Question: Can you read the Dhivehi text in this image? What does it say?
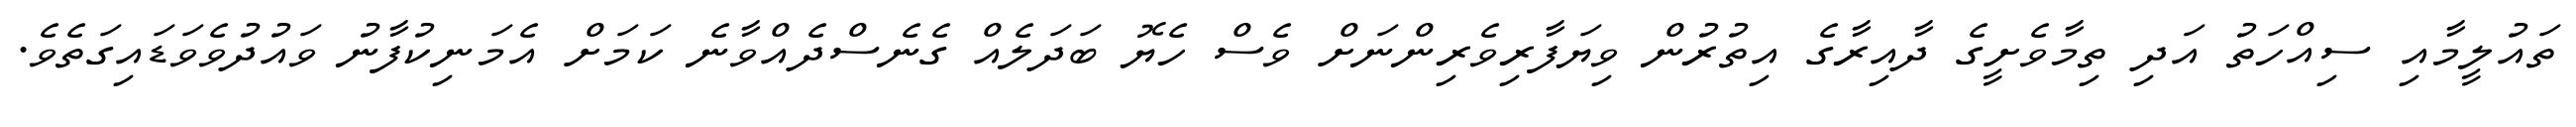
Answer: ތައުލީމާއި ސިއްހަތު އަދި ތިމާވެށީގެ ދާއިރާގެ އިތުރުން ވިޔަފާރިވެރިންނަށް ވެސް ހެޔޮ ބަދަލެއް ގެނެސްދެއްވާނެ ކަމަށް އެމަނިކުފާނު ވައުދުވެވަޑައިގަތެވެ.